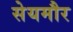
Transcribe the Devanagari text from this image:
सेयमौर